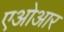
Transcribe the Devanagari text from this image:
एओआर